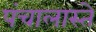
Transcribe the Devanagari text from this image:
पंचालास्ते